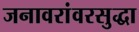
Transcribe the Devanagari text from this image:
जनावरांवरसुद्धा